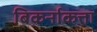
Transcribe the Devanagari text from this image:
बिकर्नाकत्ता